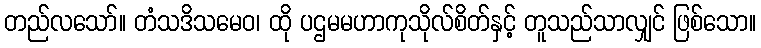
တည်လသော်။ တံသဒိသမေဝ၊ ထို ပဌမမဟာကုသိုလ်စိတ်နှင့် တူသည်သာလျှင် ဖြစ်သော။